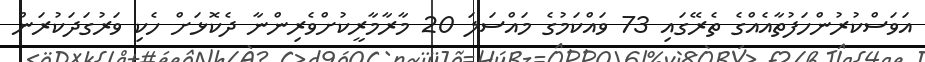
އަވަސްކުރުންހަފުތާއެއްގެ ތެރޭގައި 73 ވައްކަމުގެ މައްސަލަ 20 މާރާމާރީކުށްވެރިންނާ ދެކޮޅަށް ހެކި ވަރުގަދަކުރަން